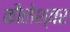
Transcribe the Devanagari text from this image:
कौलेश्वर